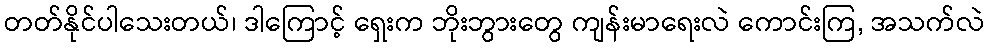
တတ်နိုင်ပါသေးတယ်၊ ဒါကြောင့် ရှေးက ဘိုးဘွားတွေ ကျန်းမာရေးလဲ ကောင်းကြ, အသက်လဲ